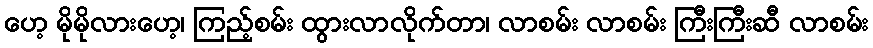
ဟေ့ မိုမိုလားဟေ့၊ ကြည့်စမ်း ထွားလာလိုက်တာ၊ လာစမ်း လာစမ်း ကြီးကြီးဆီ လာစမ်း